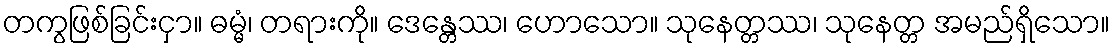
တကွဖြစ်ခြင်းငှာ။ ဓမ္မံ၊ တရားကို။ ဒေန္တေဿ၊ ဟောသော။ သုနေတ္တဿ၊ သုနေတ္တ အမည်ရှိသော။